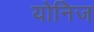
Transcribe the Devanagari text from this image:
योनिज